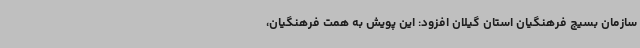
سازمان بسیج فرهنگیان استان گیلان افزود: این پویش به همت فرهنگیان،